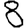
Digit: 8